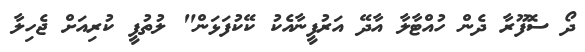
ދޯ ސޮފޫރާ ދެން ހުއްޓާލާ އާދޭ އަރުފީނާއެކު ކޭކުފަޅަން" ލުތުފީ ކުރިއަށް ޖެހިލާ